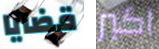
قضايا اكبر